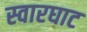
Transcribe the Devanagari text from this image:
स्‍वारघाट